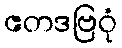
ဧတဒဗြဝုံ